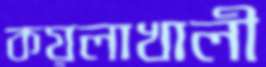
কয়লাখালী